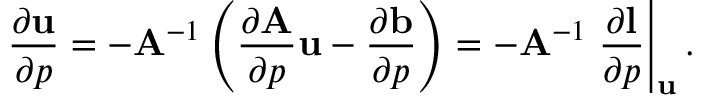
\frac { \partial \mathbf { u } } { \partial p } = - \mathbf { A } ^ { - 1 } \left( \frac { \partial \mathbf { A } } { \partial p } \mathbf { u } - \frac { \partial \mathbf { b } } { \partial p } \right) = - \mathbf { A } ^ { - 1 } \left. \frac { \partial \mathbf { l } } { \partial p } \right| _ { \mathbf { u } } .